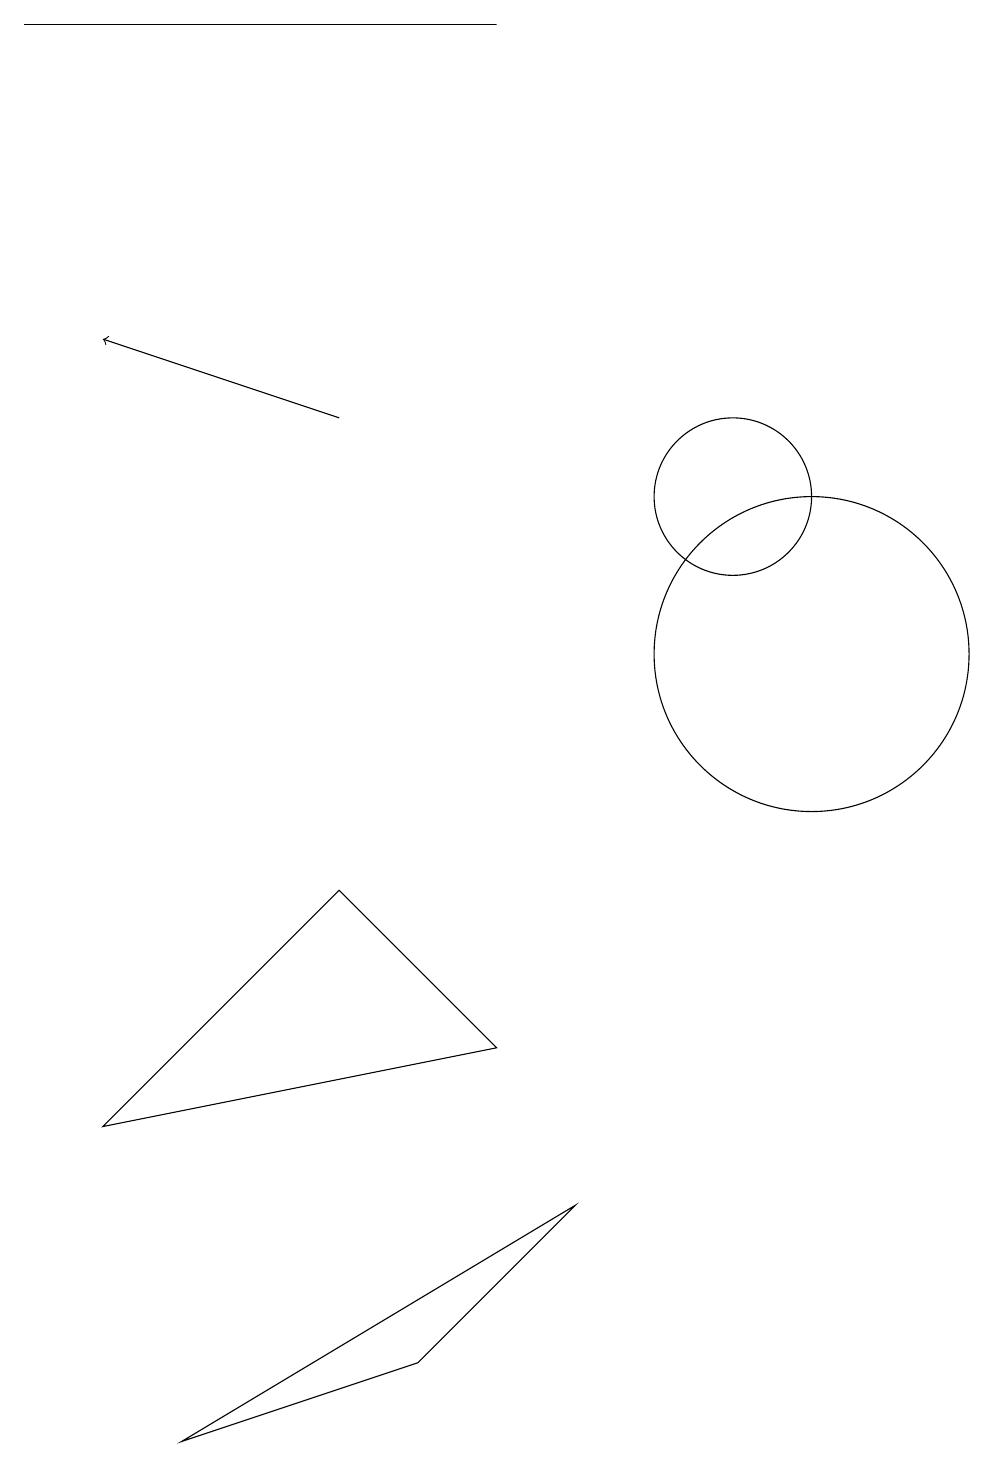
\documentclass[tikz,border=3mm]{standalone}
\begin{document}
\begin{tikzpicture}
\draw[->] (5,13) -- (2,14);
\draw (11,10) circle (2);
\draw (1,18) rectangle (7,18);
\draw (10,12) circle (1);
\draw (7,5) -- (2,4) -- (5,7) -- cycle;
\draw (8,3) -- (3,0) -- (6,1) -- cycle;
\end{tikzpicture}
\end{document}